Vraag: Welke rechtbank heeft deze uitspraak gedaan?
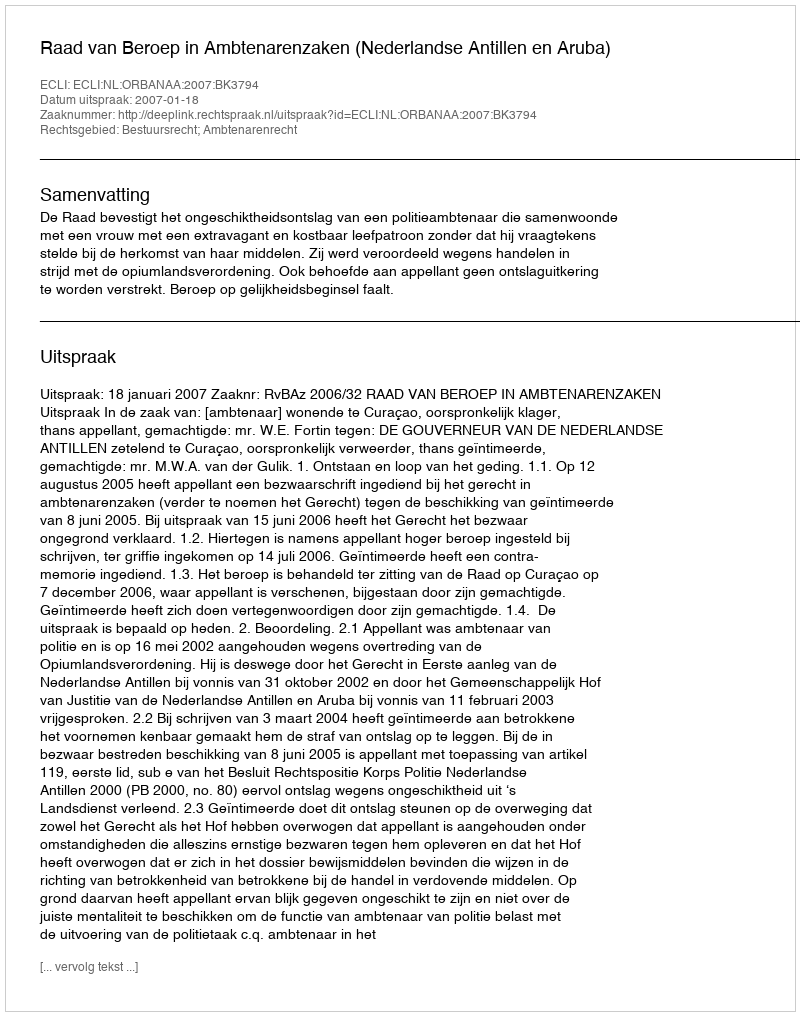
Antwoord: Raad van Beroep in Ambtenarenzaken (Nederlandse Antillen en Aruba)